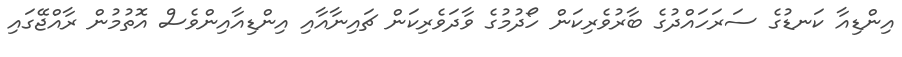
އިންޑިއާ ކަނޑުގެ ސަރަހައްދުގެ ބާރުވެރިކަން ހޯދުމުގެ ވާދަވެރިކަން ޗައިނާއާއި އިންޑިއާއިންވެސް އޮތުމުން ރާއްޖޭގައި